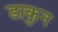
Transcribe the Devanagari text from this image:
डाकुन